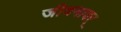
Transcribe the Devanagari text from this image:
जीवनावर्